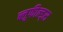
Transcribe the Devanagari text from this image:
ब्लूफील्ड्स